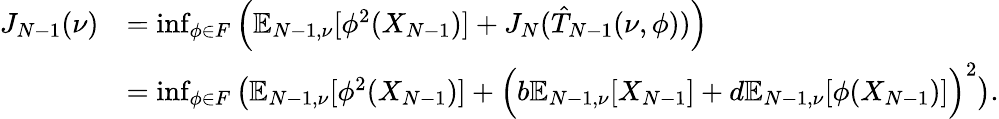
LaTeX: \begin{array}{rl}{J_{N-1}(\nu)}&{=\operatorname*{inf}_{\phi\in F}\left(\mathbb{E}_{N-1,\nu}[\phi^{2}(X_{N-1})]+J_{N}(\hat{T}_{N-1}(\nu,\phi))\right)}\\ &{=\operatorname*{inf}_{\phi\in F}\left(\mathbb{E}_{N-1,\nu}[\phi^{2}(X_{N-1})]+\Big(b\mathbb{E}_{N-1,\nu}[X_{N-1}]+d\mathbb{E}_{N-1,\nu}[\phi(X_{N-1})]\Big)^{2}\right).}\end{array}